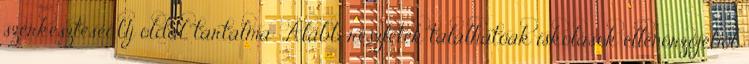
szerkesztései Új oldal, tartalma: „Alább részletek találhatóak iskolások ellenörzőjéből.